Report on sanitation, dispensaries, and jails in Rajputana for 1919, and on vaccination for the year 1919-1920 - 1919-1920
Year: 1919
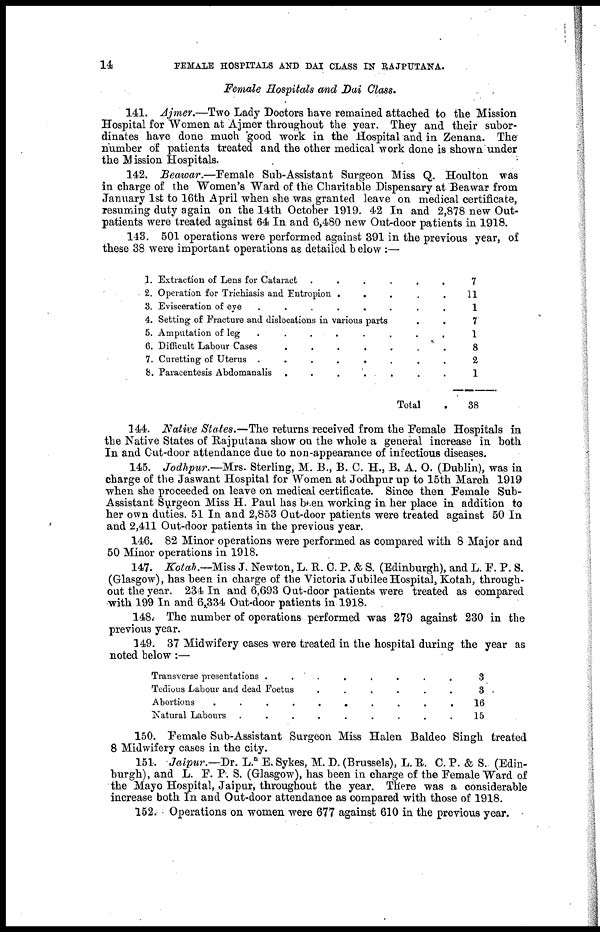
14
FEMALE HOSPITALS AND DAI CLASS IN RAJPUTANA.
Female Hospitals and Dai Class.
141. Ajmer.—Two Lady Doctors have remained attached to the Mission
Hospital for Women at Ajmer throughout the year. They and their subor-
dinates have done much good work in the Hospital and in Zenana. The
number of patients treated and the other medical work done is shown under
the Mission Hospitals.
142. Beawar.—Female Sub-Assistant Surgeon Miss Q. Houlton was
in charge of the Women's Ward of the Charitable Dispensary at Beawar from
January 1st to 16th April when she was granted leave on medical certificate,
resuming duty again on the 14th October 1919. 42 In and 2,878 new Out-
patients were treated against 64 In and 6,480 new Out-door patients in 1918.
143. 501 operations were performed against 391 in the previous year, of
these 38 were important operations as detailed below :—
1.
2.
3.
4.
5.
6.
7.
8.
Extraction of Lens for Cataract . . . . . . . . . .
Operation for Trichiasis and Entropion
.
.
.
.
.
Evisceration of eye
.
.
.
.
.
.
.
.
.
.
Setting of Fracture and dislocations in various parts . .
Amputation of leg
.
.
.
.
.
.
.
.
.
.
Difficult Labour Cases
.
.
.
.
.
.
.
.
.
.
Curetting of Uterus
.
.
.
.
.
.
.
.
.
.
Paracentesis Abdomanalis . . . . . . . . . .
Total
7
11
1
7
1
8
2
1
38
144. Native States.—The returns received from the Female Hospitals in
the Native States of Rajputana show on the whole a general increase in both
In and Cut-door attendance due to non-appearance of infectious diseases.
145. Jodhpur.—Mrs. Sterling, M. B., B. C. H., B. A. O. (Dublin), was in
charge of the Jaswant Hospital for Women at Jodhpur up to 15th March 1919
when she proceeded on leave on medical certificate. Since then Female Sub-
Assistant Surgeon Miss H. Paul has been working in her place in addition to
her own duties. 51 In and 2,853 Out-door patients were treated against 50 In
and 2,411 Out-door patients in the previous year.
146. 82 Minor operations were performed as compared with 8 Major and
50 Minor operations in 1918.
147. Kotah.—Miss J. Newton, L. R.C. P. & S. (Edinburgh), and L. F. P. S.
(Glasgow), has been in charge of the Victoria Jubilee Hospital, Kotah, through-
out the year. 234 In and 6,693 Out-door patients were treated as compared
with 199 In and 6,334 Out-door patients in 1918.
148. The number of operations performed was 279 against 230 in the
previous year.
149. 37 Midwifery cases were treated in the hospital during the year as
noted below :—
Transverse presentations . . . . ..
Tedious Labour and dead Foetus . . . . . . . . . .
Abortions
.
.
.
.
.
.
.
.
.
.
Natural Labours . . . . . . . . . .
3
3
16
15
150. Female Sub-Assistant Surgeon Miss Halen Baldeo Singh treated
8 Midwifery cases in the city.
151. Jaipur.—Dr. L. E. Sykes, M. D. (Brussels), L. R. C. P. & S. (Edin-
burgh), and L. F. P. S. (Glasgow), has been in charge of the Female Ward of
the Mayo Hospital, Jaipur, throughout the year. There was a considerable
increase both In and Out-door attendance as compared with those of 1918.
152. Operations on women were 677 against 610 in the previous year.